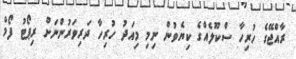
ރާއްޖޭގެ ހުރިހާ ސްކޫލެއްގެ ކިޔެވުން ނިމި މިއަދު ހުރިހާ ދަރިވަރުންނަށް ރިޕޯޓު ފޯމް